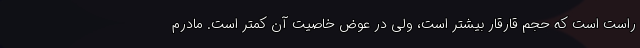
راست است که حجم قارقار بیشتر است، ولی در عوض خاصیت آن کمتر است. مادرم